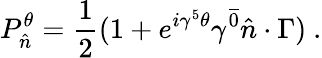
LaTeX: P_{\hat{n}}^{\theta}={\frac{1}{2}}(1+e^{i\gamma^{5}\theta}\gamma^{\overline{{{0}}}}\hat{n}\cdot\Gamma)\ .